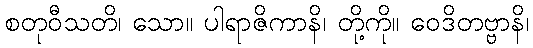
စတုဝီသတိ၊ သော။ ပါရာဇိကာနိ၊ တို့ကို။ ဝေဒိတဗ္ဗာနိ၊